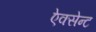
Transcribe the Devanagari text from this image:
ऐक्सेन्ट